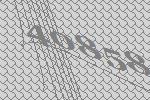
40858